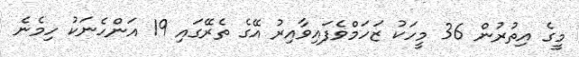
މީގެ އިތުރުން 36 މީހަކު ޒަހަމްވެފައިވާއިރު އޭގެ ތެރޭގައި 19 އަންހެނަކު ހިމެނެ